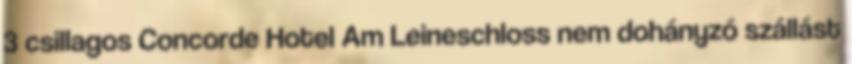
3 csillagos Concorde Hotel Am Leineschloss nem dohányzó szállást